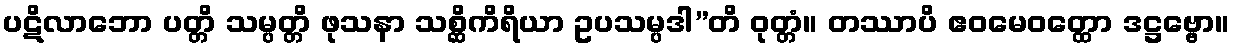
ပဋိလာဘော ပတ္တိ သမ္ပတ္တိ ဖုသနာ သစ္ဆိကိရိယာ ဥပသမ္ပဒါ”တိ ဝုတ္တံ။ တဿာပိ ဧဝမေဝတ္ထော ဒဋ္ဌဗ္ဗော။